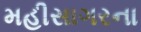
મહીસાગરના